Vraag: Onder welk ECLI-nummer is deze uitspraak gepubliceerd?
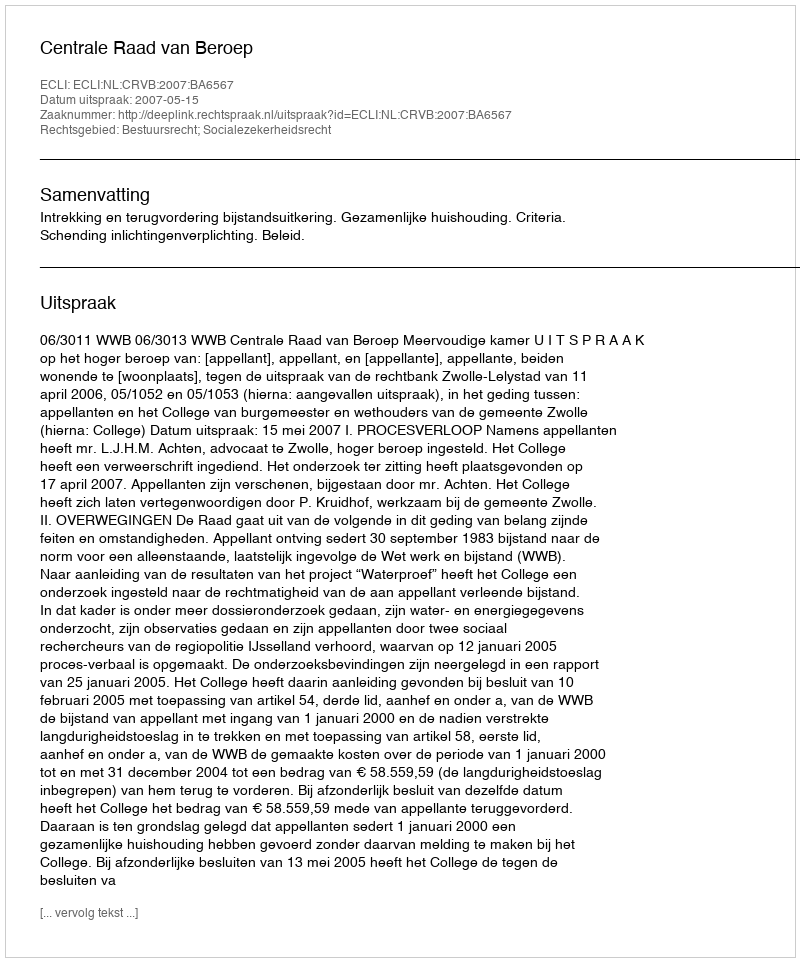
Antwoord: ECLI:NL:CRVB:2007:BA6567